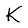
Character: K